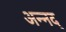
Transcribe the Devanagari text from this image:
अन्नद्